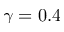
\gamma = 0 . 4